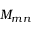
M _ { m n }